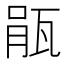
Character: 瓹